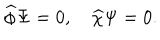
\widehat { \phi } \Psi = 0 , \quad \widehat { \chi } \Psi = 0 .